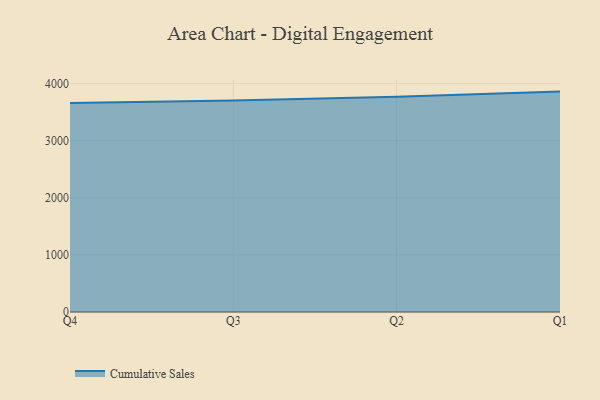
{"axis": {"x": "Quarter", "y": "Tickets Resolved"}, "legend": ["Cumulative Sales"], "data": [{"x": "Q4", "y": 3659.4, "type": "Cumulative Sales"}, {"x": "Q3", "y": 3704.6, "type": "Cumulative Sales"}, {"x": "Q2", "y": 3771.2, "type": "Cumulative Sales"}, {"x": "Q1", "y": 3859.4, "type": "Cumulative Sales"}]}